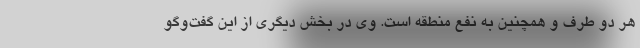
هر دو طرف و همچنین به نفع منطقه است. وی در بخش دیگری از این گفت‌وگو